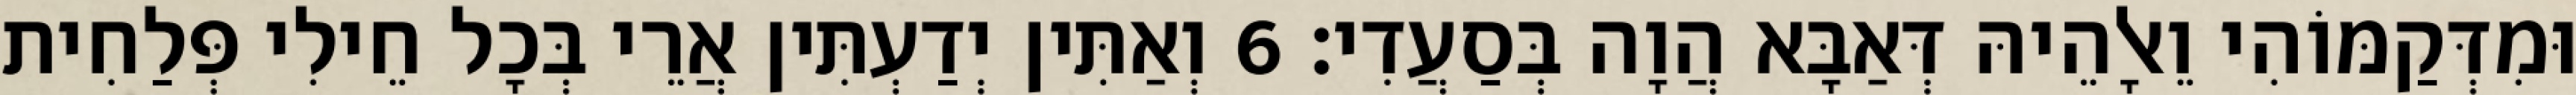
וּמִדְּקַמּוֹהִי וֵאלָהֵיהּ דְּאַבָּא הֲוָה בְּסַעֲדִי׃ 6 וְאַתִּין יְדַעְתִּין אֲרֵי בְּכָל חֵילִי פְּלַחִית